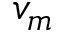
v _ { m }